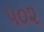
૫૦૨